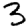
Digit: 3